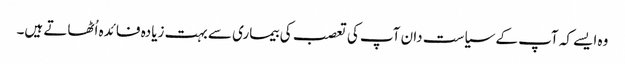
وہ ایسے کہ آپ کے سیاست دان آپ کی تعصب کی بیماری سے بہت زیادہ فائدہ اُٹھاتے ہیں۔